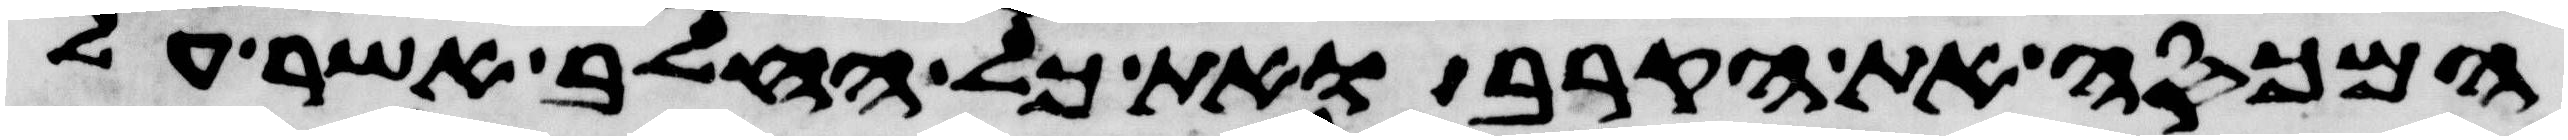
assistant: המכסה את הקרב ואת כל החלב אשר על